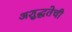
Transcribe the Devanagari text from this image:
अशुद्धतेची